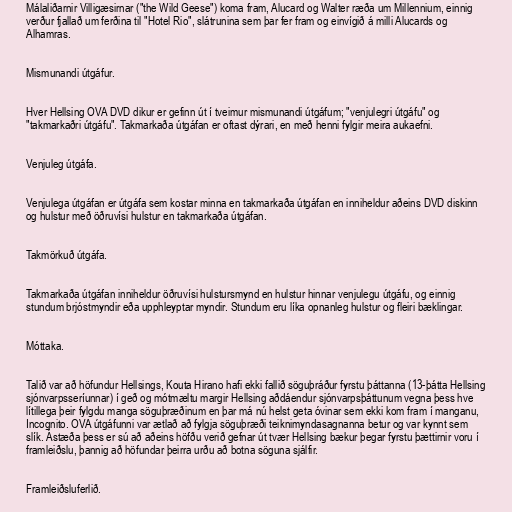
Málaliðarnir Villigæsirnar ("the Wild Geese") koma fram, Alucard og Walter ræða um Millennium, einnig
verður fjallað um ferðina til "Hotel Rio", slátrunina sem þar fer fram og einvígið á milli Alucards og
Alhamras.

Mismunandi útgáfur.

Hver Hellsing OVA DVD dikur er gefinn út í tveimur mismunandi útgáfum; "venjulegri útgáfu" og
"takmarkaðri útgáfu". Takmarkaða útgáfan er oftast dýrari, en með henni fylgir meira aukaefni.

Venjuleg útgáfa.

Venjulega útgáfan er útgáfa sem kostar minna en takmarkaða útgáfan en inniheldur aðeins DVD diskinn
og hulstur með öðruvísi hulstur en takmarkaða útgáfan.

Takmörkuð útgáfa.

Takmarkaða útgáfan inniheldur öðruvísi hulstursmynd en hulstur hinnar venjulegu útgáfu, og einnig
stundum brjóstmyndir eða upphleyptar myndir. Stundum eru líka opnanleg hulstur og fleiri bæklingar.

Móttaka.

Talið var að höfundur Hellsings, Kouta Hirano hafi ekki fallið söguþráður fyrstu þáttanna (13-þátta Hellsing
sjónvarpsseríunnar) í geð og mótmæltu margir Hellsing aðdáendur sjónvarpsþáttunum vegna þess hve
lítillega þeir fylgdu manga söguþræðinum en þar má nú helst geta óvinar sem ekki kom fram í manganu,
Incognito. OVA útgáfunni var ætlað að fylgja söguþræði teiknimyndasagnanna betur og var kynnt sem
slík. Ástæða þess er sú að aðeins höfðu verið gefnar út tvær Hellsing bækur þegar fyrstu þættirnir voru í
framleiðslu, þannig að höfundar þeirra urðu að botna söguna sjálfir.

Framleiðsluferlið.